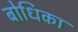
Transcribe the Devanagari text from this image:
बोधिका